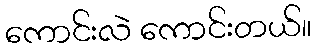
ကောင်းလဲ ကောင်းတယ်။